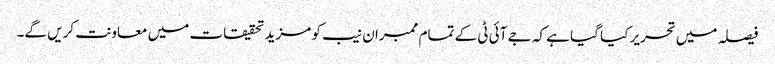
فیصلہ میں تحریر کیا گیا ہے کہ جے آئی ٹی کے تمام ممبران نیب کو مزید تحقیقات میں معاونت کریں گے۔